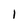
Character: 1